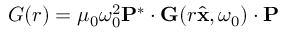
G ( r ) = \mu _ { 0 } \omega _ { 0 } ^ { 2 } \mathbf { P } ^ { * } \cdot \mathbf { G } ( r \hat { \mathbf { x } } , \omega _ { 0 } ) \cdot \mathbf { P }